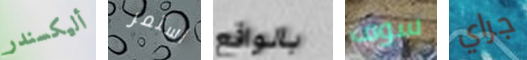
أليكسندر استمر بالواقع سوف جراي